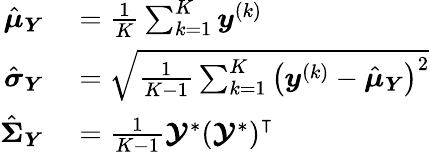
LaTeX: \begin{array}{rl}{\hat{\boldsymbol{\mu}}_{\boldsymbol{Y}}}&{{}=\frac{1}{K}\sum_{k=1}^{K}\boldsymbol{y}^{\left(k\right)}}\\ {\hat{\boldsymbol{\sigma}}_{\boldsymbol{Y}}}&{{}=\sqrt{\frac{1}{K-1}\sum_{k=1}^{K}\left(\boldsymbol{y}^{\left(k\right)}-\hat{\boldsymbol{\mu}}_{\boldsymbol{Y}}\right)^{2}}}\\ {\hat{\boldsymbol{\Sigma}}_{\boldsymbol{Y}}}&{{}=\frac{1}{K-1}\boldsymbol{\mathcal{Y}}^{\ast}\left(\boldsymbol{\mathcal{Y}}^{\ast}\right)^{\intercal}}\end{array}